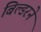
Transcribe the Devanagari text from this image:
बिल्डरने